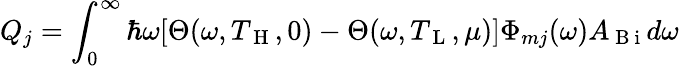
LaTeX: Q_{j}=\int_{0}^{\infty}\hbar\omega[\Theta(\omega,T_{\mathrm{~H~}},0)-\Theta(\omega,T_{\mathrm{~L~}},\mu)]\Phi_{mj}(\omega)A_{\mathrm{~B~i~}}d\omega